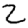
Digit: 2